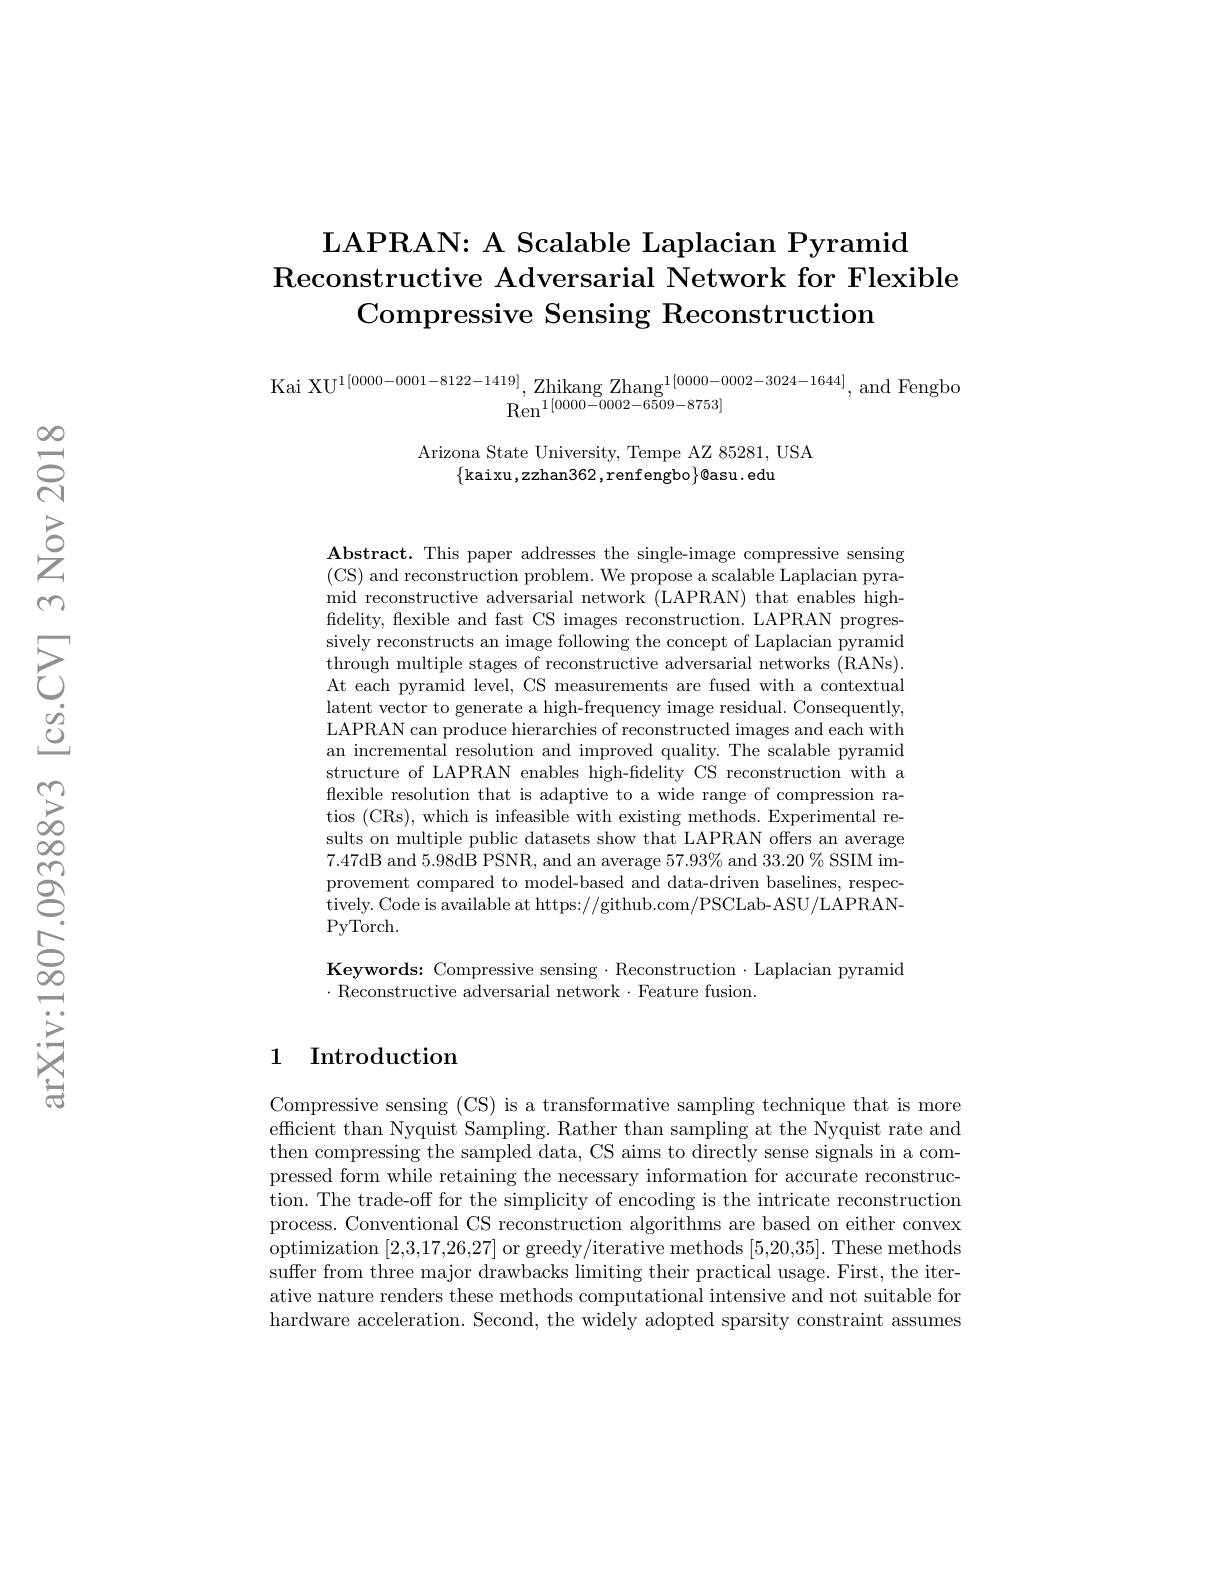
$\textbf{LAPRAN: A Scalable Laplacian Pyramid}$
Reconstructive Adversarial Network for Flexible
Compressive Sensing Reconstruction

$\begin{array}{c}\mathrm{Kai~XU}^{1[0000-0001-8122-1419]},&\mathrm{Zhikang~Zhang}^{1[0000-0002-3024-1644]},&\mathrm{and~Fengbo}\\&\mathrm{Ren}^{1[0000-0002-6509-8753]}\end{array}$

Arizona State University, Tempe AZ 85281, USA
$\{$kaixu,zzhan362,renfengbo$\}\emptyset$asu.edu

$\mathbf{Abstract.~This~paper~addresses~the~single-image~compressive~sensing}$ (CS) and reconstruction problem. We propose a scalable Laplacian pyramid reconstructive adversarial network (LAPRAN) that enables highfidelity, flexible and fast CS images reconstruction. LAPRAN progressively reconstructs an image following the concept of Laplacian pyramid through multiple stages of reconstructive adversarial networks (RANs). At each pyramid level, CS measurements are fused with a contextual latent vector to generate a high-frequency image residual. Consequently, LAPRAN can produce hierarchies of reconstructed images and each with an incremental resolution and improved quality. The scalable pyramid structure of LAPRAN enables high-fdelity CS reconstruction with a flexible resolution that is adaptive to a wide range of compression ratios (CRs), which is infeasible with existing methods. Experimental results on multiple public datasets show that LAPRAN offers an average 7.47dB and 5.98dB PSNR, and an average $57.93\%$ and $33.20\%$ SSIM improvement compared to model-based and data-driven baselines, respectively. Code is available at https://github.com/PSCLab-ASU/LAPRANPyTorch.

Keywords: Compressive sensing·Reconstruction·Laplacian pyramid
$\cdot$Reconstructive adversarial network$\cdot$Feature fusion.

## 1 Introduction

Compressive sensing (CS) is a transformative sampling technique that is more efficient than Nyquist Sampling. Rather than sampling at the Nyquist rate and then compressing the sampled data, CS aims to directly sense signals in a compressed form while retaining the necessary information for accurate reconstruction. The trade-offor the simplicity of encoding is the intricate reconstruction process. Conventional CS reconstruction algorithms are based on either convex optimization [2,3,17,26,27] or greedy/iterative methods [5,20,35]. These methods suffer from three major drawbacks limiting their practical usage. First, the iterative nature renders these methods computational intensive and not suitable for hardware acceleration. Second, the widely adopted sparsity constraint assumes